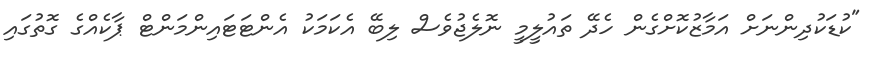
"ކުޑަކުދިންނަށް އަމާޒުކޮށްގެން ހެދޭ ތައުލީމީ ނޮލެޖުވެސް ލިބޭ އެކަމަކު އެންޓަޓައިންމަންޓް ޕާކެއްގެ ގޮތުގައި